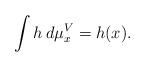
LaTeX: \begin{align*} \int h\,d\mu_x^V=h(x).\end{align*}